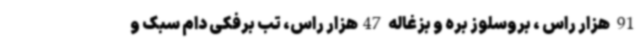
91 هزار راس ، بروسلوز بره و بزغاله 47هزار راس، تب برفکی دام سبک و